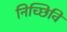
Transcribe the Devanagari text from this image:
निच्छिवि